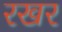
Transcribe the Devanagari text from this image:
रखर